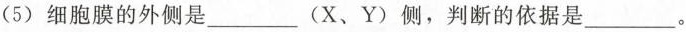
(5) 细胞膜的外侧是___(X、Y)侧，判断的依据是___。